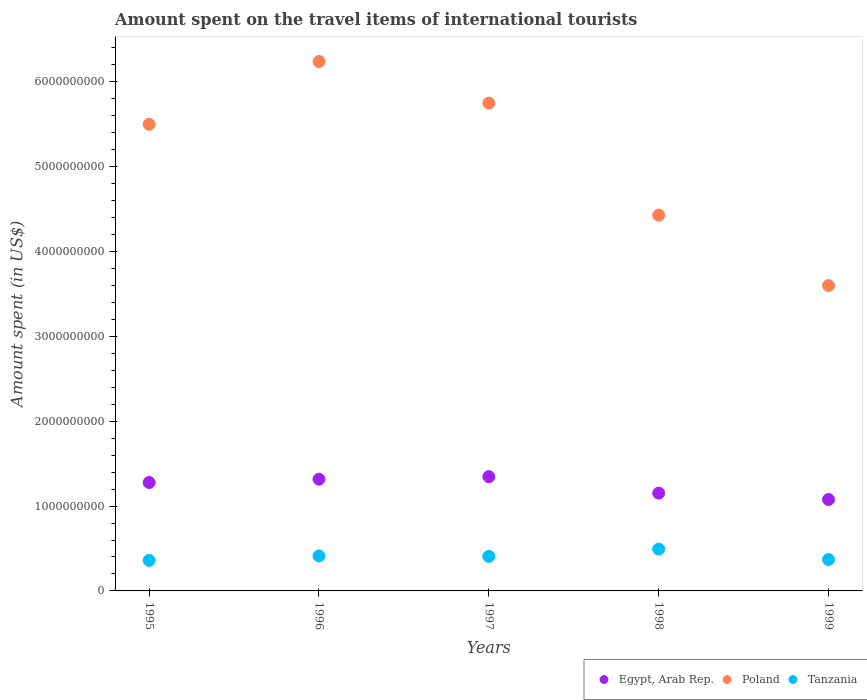
| Years | Egypt, Arab Rep. | Poland | Tanzania |
 | --- | --- | --- | --- |
 | 1995 | 1.28e+09 | 5.5e+09 | 3.6e+08 |
 | 1996 | 1.32e+09 | 6.24e+09 | 4.12e+08 |
 | 1997 | 1.35e+09 | 5.75e+09 | 4.07e+08 |
 | 1998 | 1.15e+09 | 4.43e+09 | 4.93e+08 |
 | 1999 | 1.08e+09 | 3.6e+09 | 3.7e+08 |